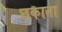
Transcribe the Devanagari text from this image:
छकाता